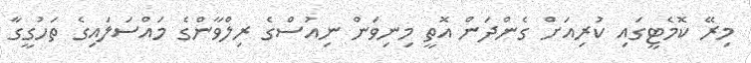
މިރޭ ކޮމެޓީގައި ކުރިއަށް ގެންދަން އޮތީ މިނިވަން ނިއުސްގެ ރިލްވާންގެ މައްސަލައިގެ ތަހުގީގާ